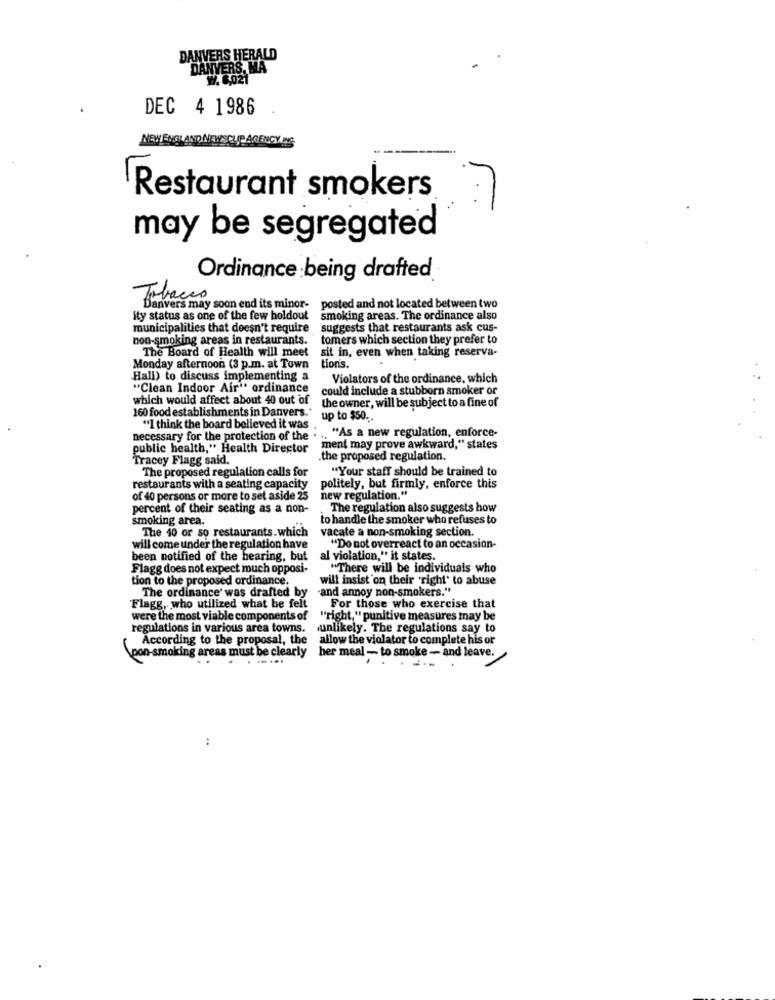
DANVERS HERALD
DANVERS, MA
W. 6.021
DEC 4 1986
NEW ENGLAND NEWSCLIP AGENCY ING
Restaurant smokers
7
may be segregated
Ordinance being drafted
Tabacco
Danvers may soon end its minor-
posted and not located between two
ity status as one of the few holdout
smoking areas. The ordinance also
municipalities that doesn't require
suggests that restaurants ask cus-
non-smoking areas in restaurants.
tomers which section they prefer to
The Board of Health will meet
sit in, even when taking reserva-
Monday afternoon (3 p.m. at Town
tionis.
Hall) to discuss implementing a
Violators of the ordinance, which
"Clean Indoor Air" ordinance
could include a stubborn smoker or
which would affect about 40 out of
the owner, will be subject to a fine of
160 food establishments in Danvers."
up to $50 ..
necessary for the protection of the . .. "As a new regulation, enforce-
"I think the board believed it was
public health," Health Director
ment may prove awkward," states
Tracey Flagg said.
the proposed regulation.
The proposed regulation calls for
"Your staff should be trained to
restaurants with a seating capacity
politely, but firmly, enforce this
of 40 persons or more to set aside 25
new regulation."
percent of their seating as a non-
The regulation also suggests how
smoking area.
to handle the smoker who refuses to
The 40 or so restaurants.which
vacate a non-smoking section.
will come under the regulation have
"Do not overreact to an occasion-
been notified of the hearing, but
al violation," it states.
Flagg does not expect much opposi-
"There will be individuals who
tion to the proposed ordinance.
will insist on their right' to abuse
The ordinance' was drafted by
-and annoy non-smokers."
Flagg, who utilized what be felt
For those who exercise that
were the most viable components of
"right," punitive measures may be
regulations in various area towns.
unlikely. The regulations say to
According to the proposal, the
allow the violator to complete his or
\pon-smoking areas must be clearly
her meal - to smoke - and leave.
: